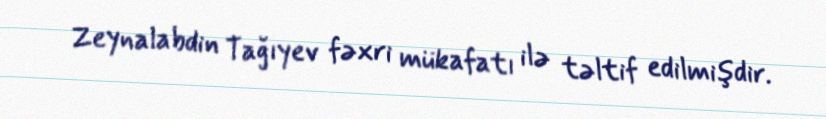
Zeynalabdin Tağıyev fəxri mükafatı ilə təltif edilmişdir.